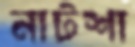
নাটশা